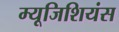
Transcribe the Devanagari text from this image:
म्यूजिशियंस